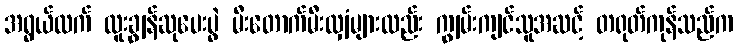
အရွယ်ထက် ထူးချွန်ဆုပေးပွဲ မီးတောက်မီးလျှံများလည်း ကျွမ်းကျင်သူအဆင့် တရုတ်ကုန်သည်က